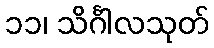
၁၁၊ သိင်္ဂါလသုတ်